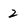
Character: 2